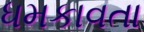
ધમકાવતા